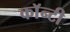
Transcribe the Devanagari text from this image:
काॅन्टी